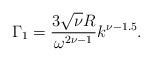
LaTeX: \begin{align*} \Gamma_1 = \frac{3\sqrt{\nu}R}{\omega^{2\nu-1}} k^{\nu-1.5}. \end{align*}